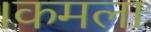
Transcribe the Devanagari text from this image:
।कमला